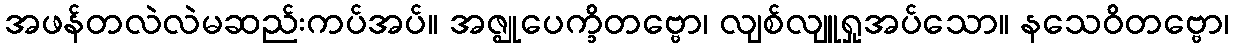
အဖန်တလဲလဲမဆည်းကပ်အပ်။ အဇ္ဈုပေက္ခိတဗ္ဗော၊ လျစ်လျူရှုအပ်သော။ နသေဝိတဗ္ဗော၊